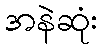
အနဲဆုံး